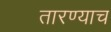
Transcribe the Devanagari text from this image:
तारण्याच